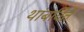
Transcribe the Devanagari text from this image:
थांबविते